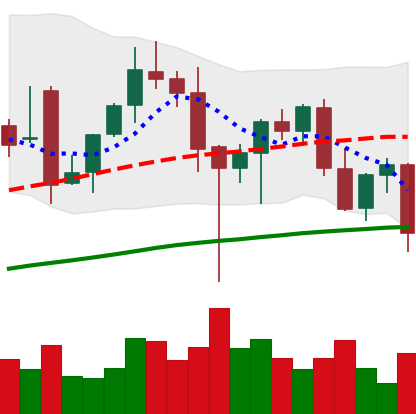
Ticker: ETH-USD
Chart end date: 2021-12-13
Forward return: 4.668%
Label: up_3_5